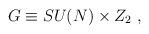
\begin{align*}G\equiv SU(N) \times Z_2 \ , \end{align*}